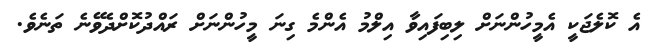
އެ ކޮލެޖަކީ އެމީހުންނަށް ލިބިފައިވާ އިލްމު އެންމެ ގިނަ މީހުންނަށް ރައްދުކޮށްދެވޭނެ ތަނެވެ.